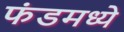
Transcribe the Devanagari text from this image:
फंडमध्ये